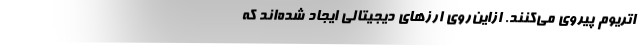
اتریوم پیروی می‌کنند. ازاین‌روی ارزهای دیجیتالی ایجاد شده‌اند که